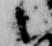
之